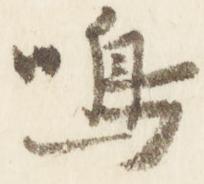
鳴